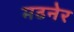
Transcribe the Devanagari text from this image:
मढनेर